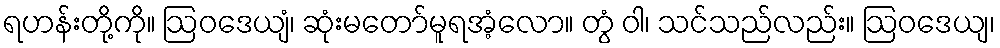
ရဟန်းတို့ကို။ ဩဝဒေယျံ၊ ဆုံးမတော်မူရအံ့လော။ တွံ ဝါ၊ သင်သည်လည်း။ ဩဝဒေယျ၊